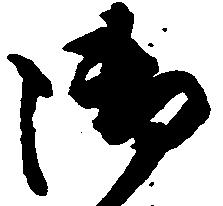
御